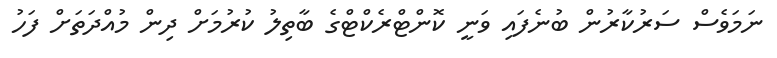
ނަމަވެސް ސަރުކާރުން ބުނެފައި ވަނީ ކޮންޓްރެކްޓްގެ ބާތިލު ކުރުމަށް ދިން މުއްދަތަށް ފަހު